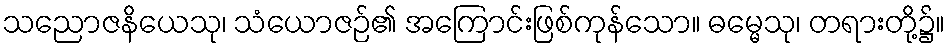
သညောဇနိယေသု၊ သံယောဇဉ်၏ အကြောင်းဖြစ်ကုန်သော။ ဓမ္မေသု၊ တရားတို့၌။